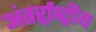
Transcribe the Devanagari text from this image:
अंतर्र्राष्‍ट्रीय